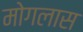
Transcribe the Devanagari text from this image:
मोगलास